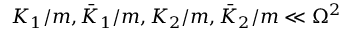
K _ { 1 } / m , \bar { K } _ { 1 } / m , K _ { 2 } / m , \bar { K } _ { 2 } / m \ll \Omega ^ { 2 }